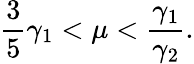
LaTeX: \frac{3}{5}\gamma_{1}<\mu<\frac{\gamma_{1}}{\gamma_{2}}.